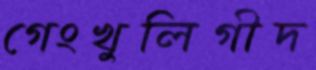
গেংখুলিগীদ